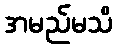
အမည်မသိ